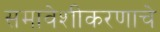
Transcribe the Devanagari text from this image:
समावेशीकरणाचे